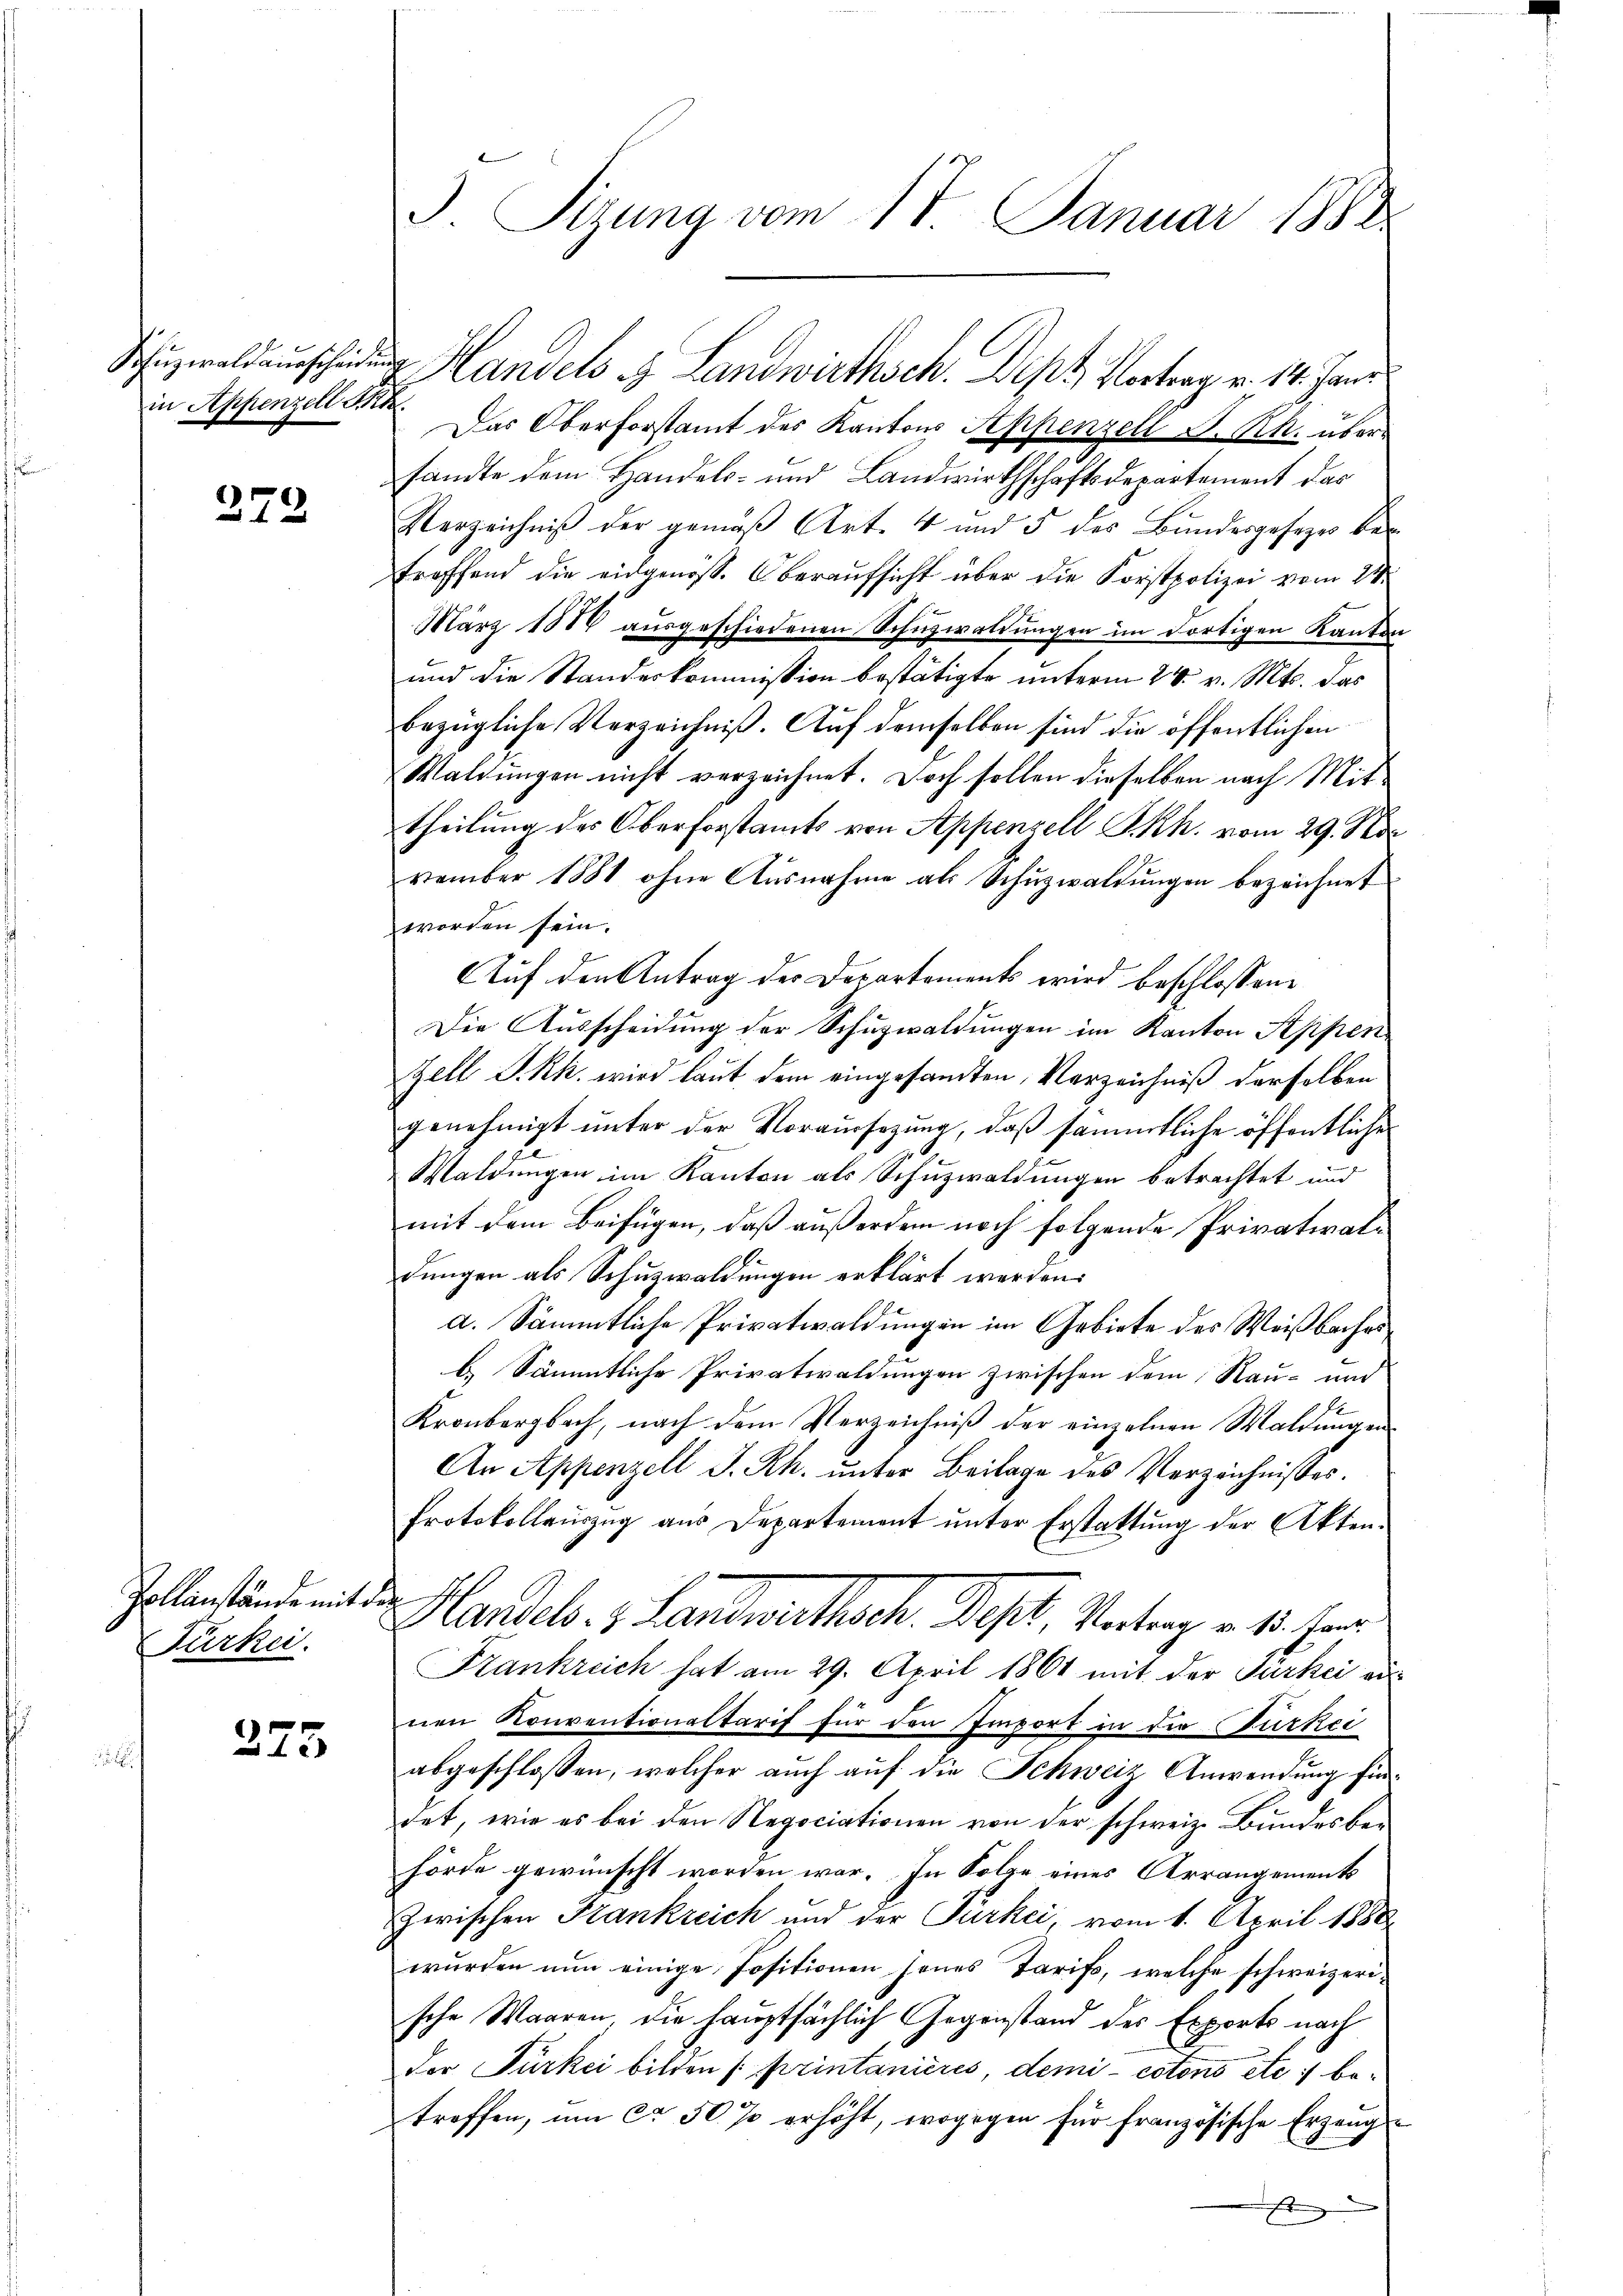
in Appenzell Seh

272

Pollanstände mit der
Fürkei.

275

d. Sizung vom 17. Januar 1888

Schüzwaldauscheiden Handels & Landwirthsch. Dipt Vortrag v. 14. Janr
Das Oberforstamt des Kantons Seppenzell S. Rh. über
sandte dem Handels- und Landwirthschaftsdepartement das
Verzeichniß der gemäβ Art. 4 und 5 des Bundesgesezes be
treffend die eidgenöss. Oberaufsicht über die Forstpolizei vom 21.
März 1880 ausgeschiedenen Schuzwaldungen im dortigen Kanton
und die Standeskommission bestätigte unterm 24. v. Mts. das
bezügliche Verzeichniß. Auf demselben sind die öffentlichen
Waldungen nicht verzeichnet. Doch sollen dieselben nach Mittheilung des Oberforstamts von Appenzell I.Rh. vom 29. No
vember 1881 ohne Ausnahme als Schŭzwaldungen bezeichnet
worden sein.
Auf den Antrag der Departements wird beschlossene
Die Ausscheidung der Schüzwaldungen im Kanton Appen
Zell I.Rh. wird laut dem eingesandten Verzeichniß derselben
genehmigt unter der Voraussezung, daß sämmtliche öffentliche
Waldungen im Kanton als Schuzwaldungen betrachtet und
mit dem Beifügen, daß außerdem noch folgende Privativaldungen als Schuzwaldungen erklärt werden.
a. Sämmtliche Privatwaldungen im Gebiete des Weißbaches
b.) Sämmtliche Privatwaldungen zwischen dem Rau- und
Kronbergbach, nach dem Verzeichniß der einzelnen Waldungen
An Appenzell I. Rh. unter Beilage des Verzeichnisses.
Protokollauszug aus Departement unter Erstattung der Akten.
Handels. z. Landwirthsch. Depl, Vertrag v. 15. Fer
Frankreich hat am 29. April 1861 mit der Türkei ei
nen Konventionaltarif für den Import in die Burkei
abgeschlossen, welcher auch auf die Schweiz Anwendung findet, wie es bei den Regociationen von der schweiz. Bundesbehörde gewünscht worden war. In Folge eines Arrangements
zwischen Frankreich und der Parkei, vom 1. April 1888.
wurden nun einige Positionen seines Tarifs, welche schweizerische Waaren, die hauptsächlich Gegenstand des Exports nach
der Türkei bilden sprintanieres, demi- cotono etc :/ betreffen, ŭm ca 50 % erhöht, wogegen für französische Erzeuge
t